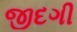
જીદગી